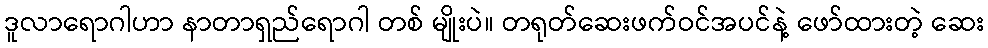
ဒူလာရောဂါဟာ နာတာရှည်ရောဂါ တစ် မျိုးပဲ။ တရုတ်ဆေးဖက်ဝင်အပင်နဲ့ ဖော်ထားတဲ့ ဆေး